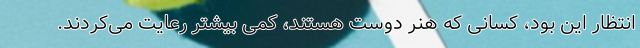
انتظار این بود، کسانی که هنر دوست هستند، کمی بیشتر رعایت می‌کردند.